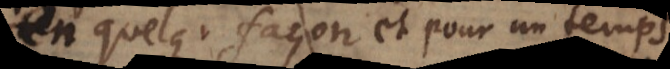
en quelque façon et pour un temps,